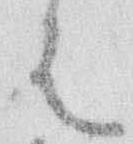
者